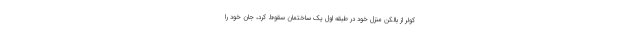
کولر از بالکن منزل خود در طبقه اول یک ساختمان سقوط کرد، جان خود را